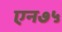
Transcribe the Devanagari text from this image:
एन७५